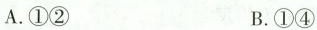
A.①② B.①④